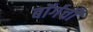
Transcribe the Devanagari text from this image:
बॉर्गची